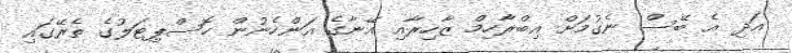
އަދި އެ ބޭސް ނެގުމަށް އިބްރާހިމް ޒާހިރާއި އޭނާގެ އަންހެނުން ހޮސްޕިޓަލުގެ ތެރޭގައި